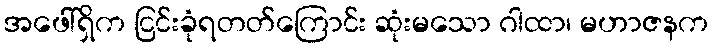
အဖေါ်ရှိက ငြင်းခုံရတတ်ကြောင်း ဆုံးမသော ဂါထာ၊ မဟာဇနက